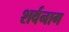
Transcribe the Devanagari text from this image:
शर्वनाग